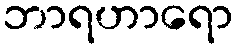
ဘာရဟာရော